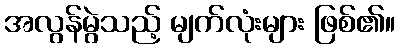
အလွန်မွဲသည့် မျက်လုံးများ ဖြစ်၏။